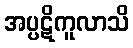
အပ္ပဋိကူလာသိ